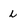
Character: L